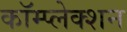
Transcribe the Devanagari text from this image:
कॉम्प्लेक्शन